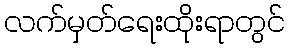
လက်မှတ်ရေးထိုးရာတွင်